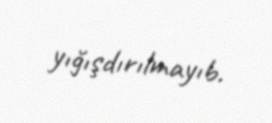
yığışdırılmayıb.